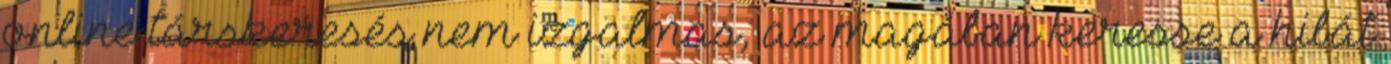
online társkeresés nem izgalmas, az magában keresse a hibát